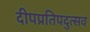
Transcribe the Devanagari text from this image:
दीपप्रतिपदुत्सव